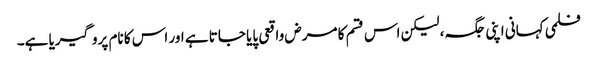
فلمی کہانی اپنی جگہ، لیکن اس قسم کا مرض واقعی پایا جاتا ہے اور اس کا نام پروگیریا ہے۔